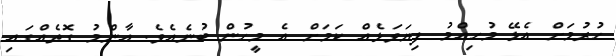
ހުރުމަށް އެޅޭ މުހިއްމު ފިޔަވަޅެއް ކަމަށް އެ މީހުން ބުނެއެވެ. އާންމު ގޮތެއްގައި